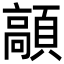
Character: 䯪